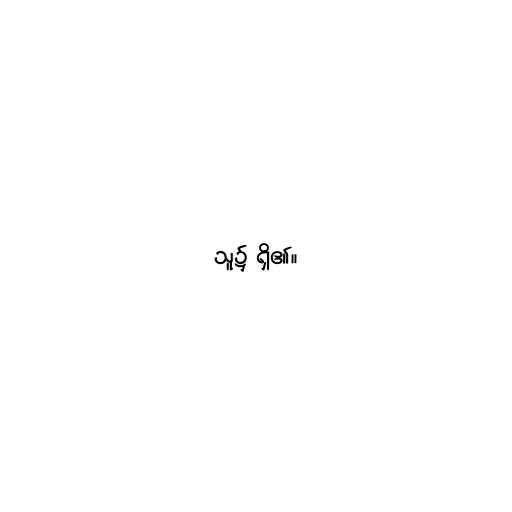
သူ၌ ရှိ၏။